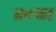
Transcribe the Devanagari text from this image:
४०चा